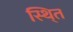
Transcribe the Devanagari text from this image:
स्थि्त